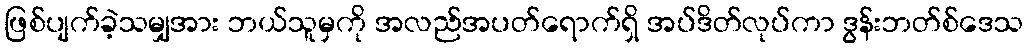
ဖြစ်ပျက်ခဲ့သမျှအား ဘယ်သူမှကို အလည်အပတ်ရောက်ရှိ အပ်ဒိတ်လုပ်ကာ ဒွန်းဘတ်စ်ဒေသ